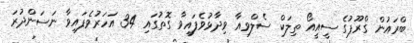
ބްރައުން ގްރޫޕުގެ ސީއީއޯ ތިލަކް ސެލްވިއާ ވިދާޅުވެފައިވާ ގޮތުގައި 34 އަހަރުވެފައިވާ ނަސަންދުރަ